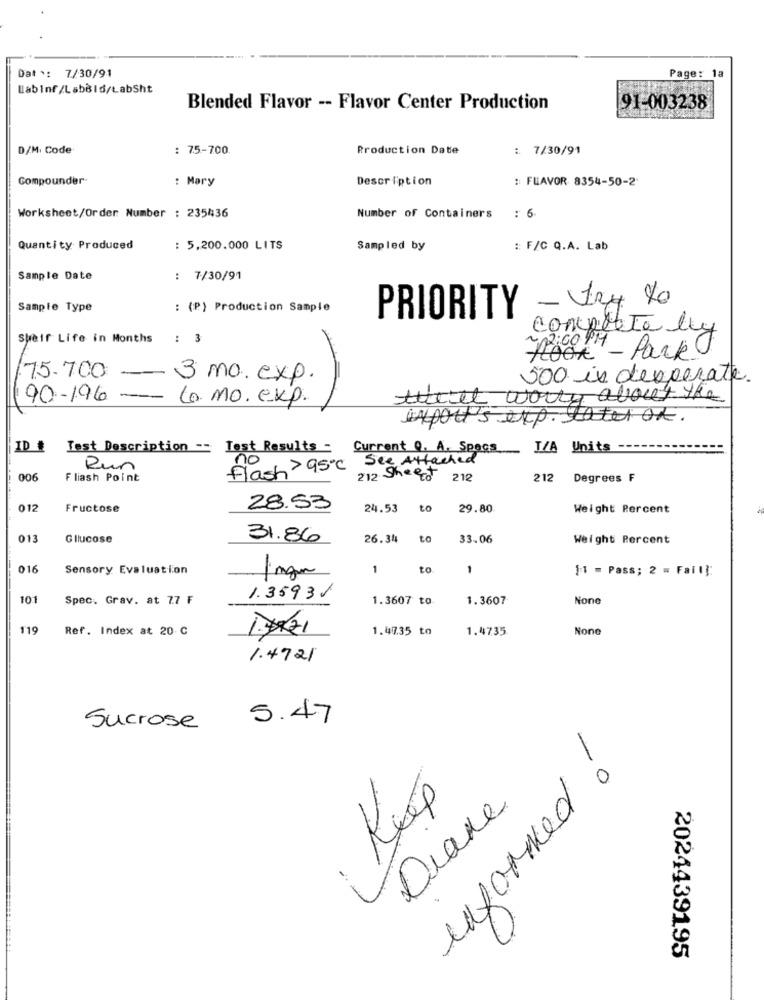
Dat *: 7/30/91
Page: 1a
Wabinf/LabBld/LabSht
Blended Flavor -- Flavor Center Production
91-003238
D/M. Code
: 75-700
Production Date
: 7/30/91
Compounder
: Mary
Description
: FLAVOR 8354-50-2
Worksheet/Order Number : 235436
Number of Containers
: 6
Quantity Produced
: 5,200.000 LITS
Sampled by
:: F/C Q.A. Lab
Sample Date
: 7/30/91
Sample Type
: (P) Production Sample
PRIORITY
complete ly
Shelf Life in Months
: 3
PH - Park J
.75-700
-
3 mo. exp.
500 in desperate.
90-196-
Co. MO. exp.
thet worry about the
export's exp. later on.
ID #
Test Description -- Test Results -
Current 0. A. Spocs ___
T/A Units --
flash > 95℃ See Attached
no
900
Run
Flash Point
212 Sheet
212
212
Degrees F
012
Fructose
28.53
24.53
to
29.80
Weight Percent
013
Glucose
31.86
26.34
to
33.06
Weight Percent
016
Sensory Evaluation
1
to.
1
1:1 = Pass; 2 = Fail]:
finger
101
Spec. Grav. at 77 F
1. 35931
1.3607 to.
1.3607
119
Ref. Index at 20 C
1.47.35 to
1.4735
1.4721
5.47
Sucrose
informed
Kup
Diaxe
2024439195